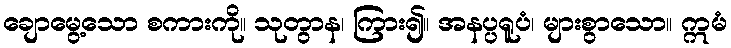
ချောမွေ့သော စကားကို။ သုတွာန၊ ကြား၍။ အနပ္ပရူပံ၊ များစွာသော။ ဣမံ